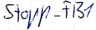
Text: Stopp_FB1